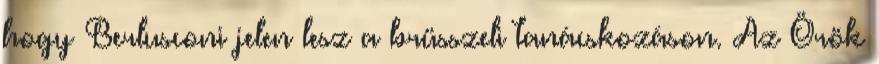
hogy Berlusconi jelen lesz a brüsszeli tanácskozáson. Az Örök